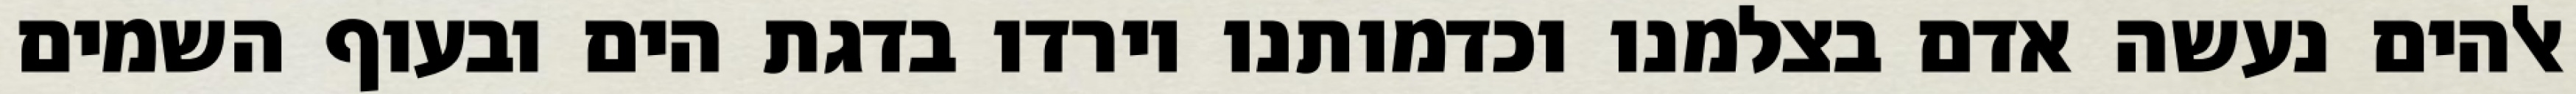
אלהים נעשה אדם בצלמנו וכדמותנו וירדו בדגת הים ובעוף השמים